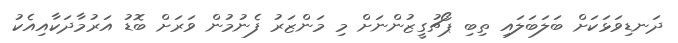
ދަނޑިވަޅަކަށް ބަލަބަލައި ތިބި ޕޯޗުގީޒުންނަށް މި މަންޒަރު ފެނުމުން ވަރަށް ބޮޑު އަރުމާދަކާއިއެކު